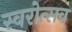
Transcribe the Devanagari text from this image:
स्वरोत्सव